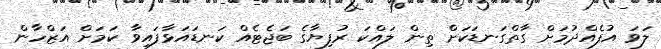
ލަވަ އުފެއްދުމަށް ގާތްގަނޑަކަށް ތިން ލައްކަ ރުފިޔާގެ ބަޖެޓެއް ކަނޑައަޅާފައިވާ ކަމަށް އަޒްހާން